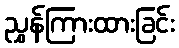
ညွှန်ကြားထားခြင်း